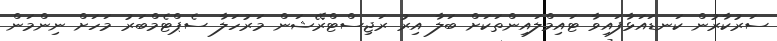
ސަރުކާރުން ކަނޑައަޅާފައިވާ ޓައިމްލައިންތަކަށް ބަލާ އިރު ރަޖިސްޓްރޭޝަން މަރުހަލާ ސެޕްޓެމްބަރު މަހަށް ނިންމަން